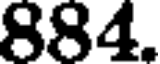
884.